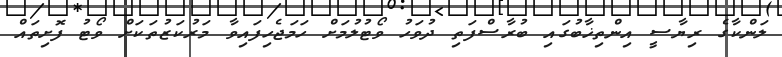
ލަންކާގެ ރިޔާސީ އިންތިޚާބުގައި ބުރާސްފަތި ދުވަހު ވޯޓުލުމަށް ހަމަޖެހިފައިވާ މަރުކަޒުތަކަށް ވޯޓު ފޮށިތައް